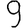
Digit: 9